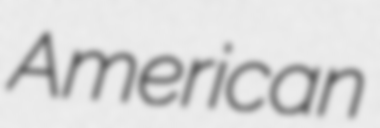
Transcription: American